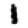
Digit: 1